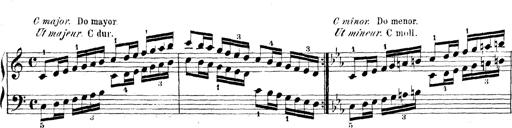
Title: Technische Studien
Composer: Franz Liszt